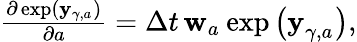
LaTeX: \begin{array}{r}{\frac{\partial\exp\left({\mathbf y}_{\gamma{},a_{}}\right)}{\partial a}=\Delta t\, \mathbf{w}_{a_{}}\exp\left(\mathbf{y}_{\gamma{},a_{}}^{}\right),}\end{array}